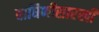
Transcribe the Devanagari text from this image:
वाघिणीसारखी